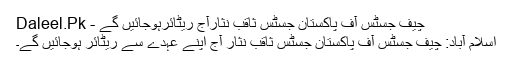
چیف جسٹس آف پاکستان جسٹس ثاقب نثارآج ریٹائرہوجائیں گے - Daleel.Pk
اسلام آباد: چیف جسٹس آف پاکستان جسٹس ثاقب نثار آج اپنے عہدے سے ریٹائر ہوجائیں گے۔